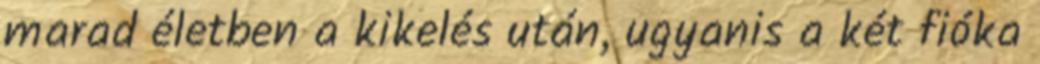
marad életben a kikelés után, ugyanis a két fióka